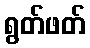
ရွတ်ဖတ်